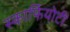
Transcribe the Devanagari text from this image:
स्कार्फियोटी